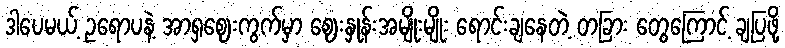
ဒါပေမယ့် ဥရောပနဲ့ အာရှဈေးကွက်မှာ ဈေးနှုန်းအမျိုးမျိုး ရောင်းချနေတဲ့ တခြား တွေကြောင့် ချပြဖို့